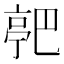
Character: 𬽗